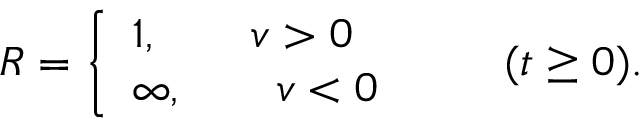
R = \left\{ \begin{array} { l } { { 1 , \qquad v > 0 } } \\ { { \infty , \qquad v < 0 } } \end{array} \right. \qquad ( t \ge 0 ) .